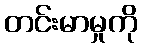
တင်းမာမှုကို